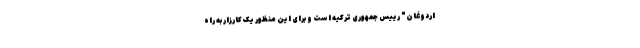
اردوغان" رییس جمهوری ترکیه است و برای این منظور یک کارزار به راه